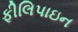
ફીલિપાઇન